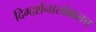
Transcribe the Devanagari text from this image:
दिग्दर्शनासोबातच